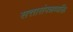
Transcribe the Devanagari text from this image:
सत्तासंपन्नव्यक्ति